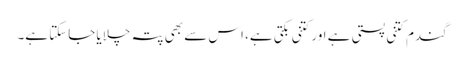
گندم کتنی پستی ہے اور کتنی بکتی ہے، اس سے بھی پتہ چلایا جاسکتا ہے۔